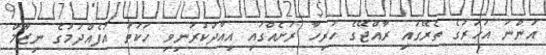
އަންނަ އަހަރުގެ ތެރޭގައި ރާއްޖޭގެ ހުރިހާ ރަށެއްގައި އިއާދަކުރަނިވި ހަކަތަ އުފެއްދުމުގެ ނިޒާމް